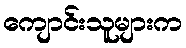
ကျောင်းသူများက